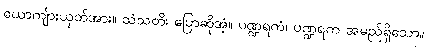
ယောကျ်ားယုတ်အား။ သံသတိ၊ ပြောဆိုအံ့။ ပဏ္ဍရကံ၊ ပဏ္ဍရက အမည်ရှိသော။